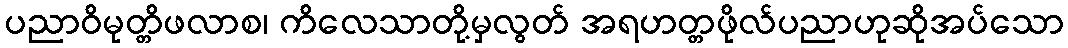
ပညာဝိမုတ္တိဖလာစ၊ ကိလေသာတို့မှလွတ် အရဟတ္တဖိုလ်ပညာဟုဆိုအပ်သော